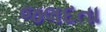
જલદતા